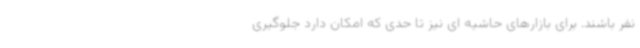
نفر باشند. برای بازارهای حاشیه ای نیز تا حدی که امکان دارد جلوگیری